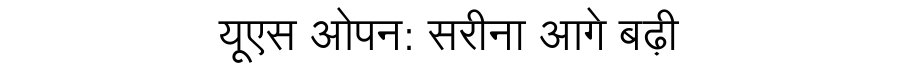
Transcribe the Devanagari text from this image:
यूएस ओपन: सरीना आगे बढ़ी